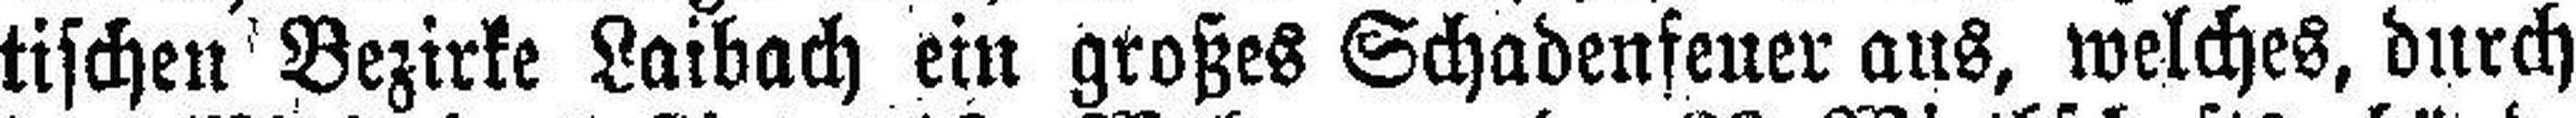
tischen Bezirke Laibach ein großes Schadenfeuer aus, welches, durch